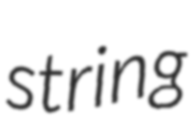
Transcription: string